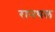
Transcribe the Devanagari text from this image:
रानथल